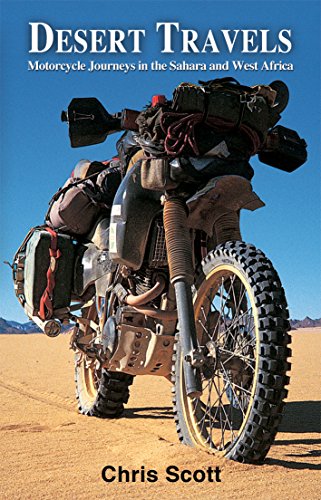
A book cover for Desert Travels: Motorcycle Journeys in the Sahara and West Africa; Chris Scott; Travel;